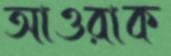
আওরাক